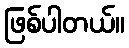
ဖြစ်ပါတယ်။